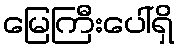
မြေကြီးပေါ်ရှိ